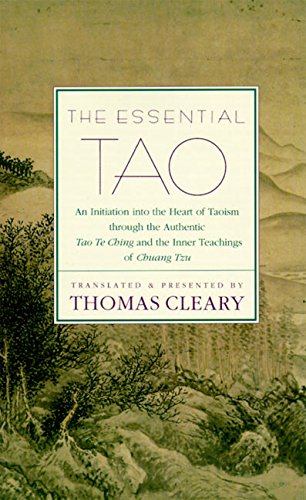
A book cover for The Essential Tao : An Initiation into the Heart of Taoism Through the Authentic Tao Te Ching and the Inner Teachings of Chuang-Tzu; Thomas Cleary; Religion & Spirituality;